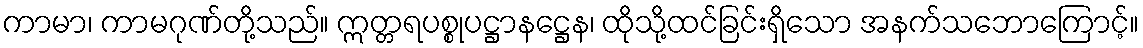
ကာမာ၊ ကာမဂုဏ်တို့သည်။ ဣတ္တရပစ္စုပဋ္ဌာနဋ္ဌေန၊ ထိုသို့ထင်ခြင်းရှိသော အနက်သဘောကြောင့်။